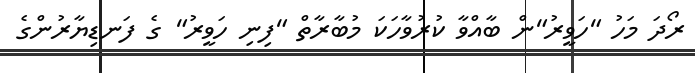
ރޯދަ މަހު "ހަވީރު"ން ބާއްވާ ކުރުވާހަކަ މުބާރާތް "ފިނި ހަވީރު" ގެ ފަނޑިޔާރުންގެ